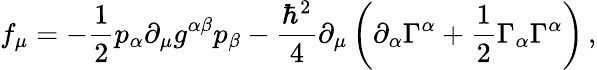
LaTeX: f_{\mu}=-\frac{1}{2}p_{\alpha}\partial_{\mu}g^{\alpha\beta}p_{\beta}-\frac{\hbar^{2}}{4}\partial_{\mu}\left(\partial_{\alpha}\Gamma^{\alpha}+\frac{1}{2}\Gamma_{\alpha}\Gamma^{\alpha}\right)\, ,